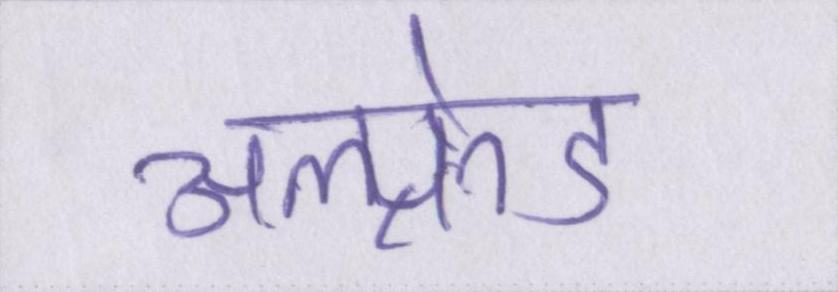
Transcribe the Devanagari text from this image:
अल्फ्रेड